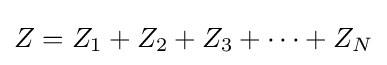
Z=Z_{1}+Z_{2}+Z_{3}+\dots +Z_{N}